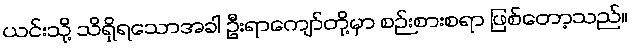
ယင်းသို့ သိရှိရသောအခါ ဦးရာကျော်တို့မှာ စဉ်းစားစရာ ဖြစ်တော့သည်။